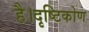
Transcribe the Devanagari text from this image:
है।दृष्टिकोण